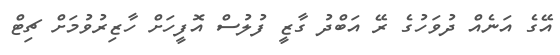
އޭގެ އަނެއް ދުވަހުގެ ރޭ އަބްދު ގާޒީ ފުލުސް އޮފީހަށް ހާޒިރުވުމަށް ޗިޓް